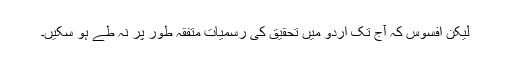
لیکن افسوس کہ آج تک اردو میں تحقیق کی رسمیات متفقہ طور پر نہ طے ہو سکیں۔